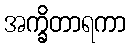
အက္ခိတာရကာ